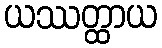
ယဿတ္ထာယ